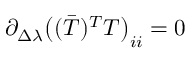
\begin{array} { r } { \partial _ { \Delta \lambda } \big ( ( \bar { T } ) ^ { T } T \big ) _ { i i } = 0 } \end{array}